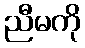
ညီမကို